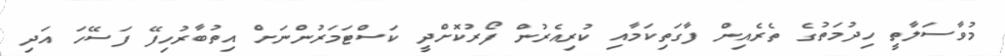
މުވާސަލާތީ ހިދުމަތުގެ ތެރެއިން ފާގަތިކަމާއި ކުރިއެރުން ފޯރުކޮށްދީ ކަސްޓަމަރުންނަށް އިތުބާރުހިފޭ ފަސޭހަ އަދި